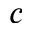
c